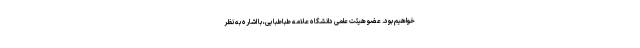
خواهیم بود. عضو هیئت علمی دانشگاه علامه طباطبایی، با اشاره به نظر